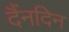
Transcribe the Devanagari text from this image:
दैंनदिन